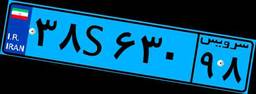
۳۲S۹۵۴۱۹